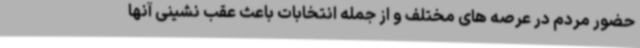
حضور مردم در عرصه های مختلف و از جمله انتخابات باعث عقب نشینی آنها